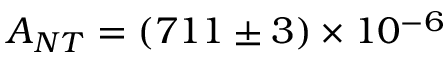
A _ { N T } = ( 7 1 1 \pm 3 ) \times 1 0 ^ { - 6 }